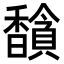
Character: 𬳦